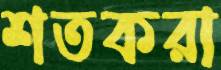
শতকরা